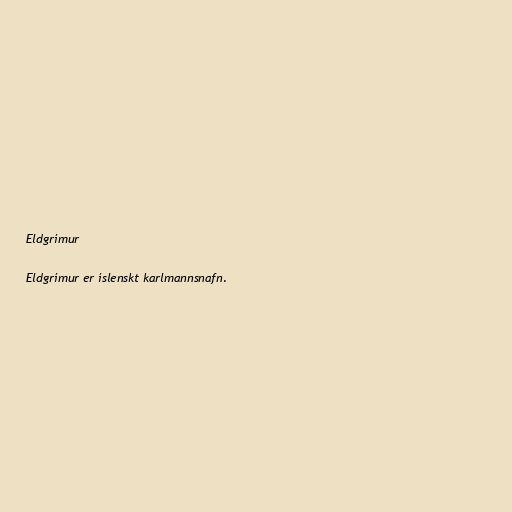
Eldgrímur

Eldgrímur er íslenskt karlmannsnafn.